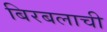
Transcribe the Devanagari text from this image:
बिरबलाची